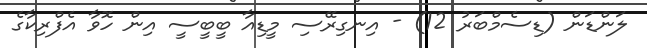
ލަންޑަން (ޑިސެމްބަރު 12) - އިނގިރޭސި މީޑިއާ ބީބީސީ އިން ހޮވާ އެފްރިކާގެ